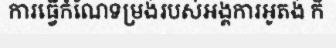
ការធ្វើកំណែទម្រង់របស់អង្គការអូតង់ ក៏